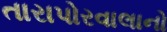
તારાપોરવાલાનો